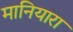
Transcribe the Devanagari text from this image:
मानियारा